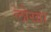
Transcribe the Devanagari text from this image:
लोखा